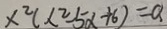
x ^ { 2 } ( x ^ { 2 } - 5 x + 6 ) = a